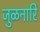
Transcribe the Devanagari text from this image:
जुळनारि